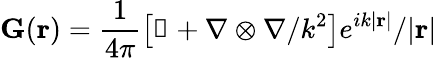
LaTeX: \mathbf{G}({\textbf r})=\frac{1}{4\pi}\left[\mathbb{1}+\nabla\otimes\nabla/k^{2}\right]e^{ik|{\textbf r}|}/|{\textbf r}|